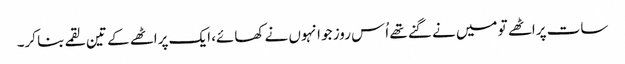
سات پراٹھے تو میں نے گنے تھے اُس روز جو انہوں نے کھائے، ایک پراٹھے کے تین لقمے بنا کر۔